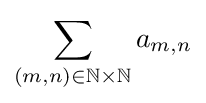
{\textstyle \displaystyle \sum _{(m,n)\in \mathbb {N} \times \mathbb {N} }a_{m,n}}